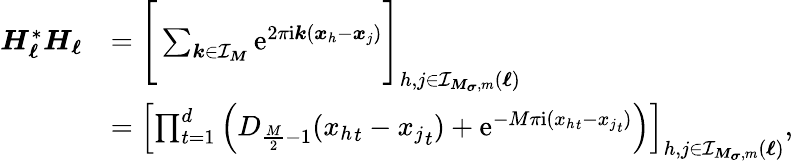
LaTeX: \begin{array}{rl}{\boldsymbol H_{\boldsymbol\ell}^{*}\boldsymbol H_{\boldsymbol\ell}}&{=\Bigg[\sum_{\boldsymbol k\in\mathcal I_{\boldsymbol M}}\mathrm e^{2\pi\mathrm i\boldsymbol k(\boldsymbol x_{h}-\boldsymbol x_{j})}\Bigg]_{h,j\in\mathcal I_{\boldsymbol M_{\boldsymbol\sigma},m}(\boldsymbol\ell)}}\\ &{=\left[\prod_{t=1}^{d}\left(D_{\frac{M}{2}-1}({x_{h}}_{t}-{x_{j}}_{t})+\mathrm e^{-M\pi\mathrm i({x_{h}}_{t}-{x_{j}}_{t})}\right)\right]_{h,j\in\mathcal I_{\boldsymbol M_{\boldsymbol\sigma},m}(\boldsymbol\ell)},}\end{array}